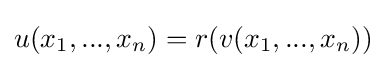
u(x_{1},...,x_{n})=r(v(x_{1},...,x_{n}))